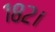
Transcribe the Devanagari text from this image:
१८२।